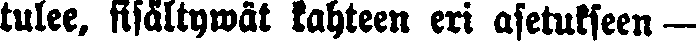
tulee, sisältywät kahteen eri asetukseen —